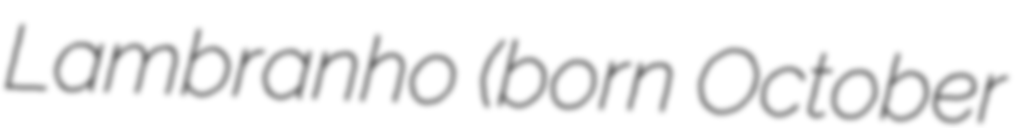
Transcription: Lambranho (born October